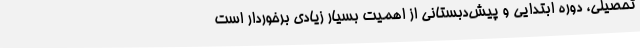
تحصیلی، دوره ابتدایی و پیش‌دبستانی از اهمیت بسیار زیادی برخوردار است